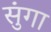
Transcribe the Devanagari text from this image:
सुंगा